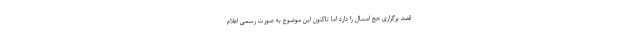
قصد برگزاری حج امسال را دارد اما تاکنون این موضوع به صورت رسمی اعلام